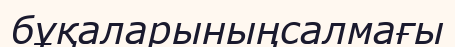
бұқаларыныңсалмағы